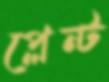
প্লেন্ট